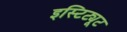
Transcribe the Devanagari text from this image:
इस्टिट्यूट